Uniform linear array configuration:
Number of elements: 8
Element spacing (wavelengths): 1
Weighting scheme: hamming
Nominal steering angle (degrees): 0
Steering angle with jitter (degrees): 0.00328
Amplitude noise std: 0.05
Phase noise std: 0.05

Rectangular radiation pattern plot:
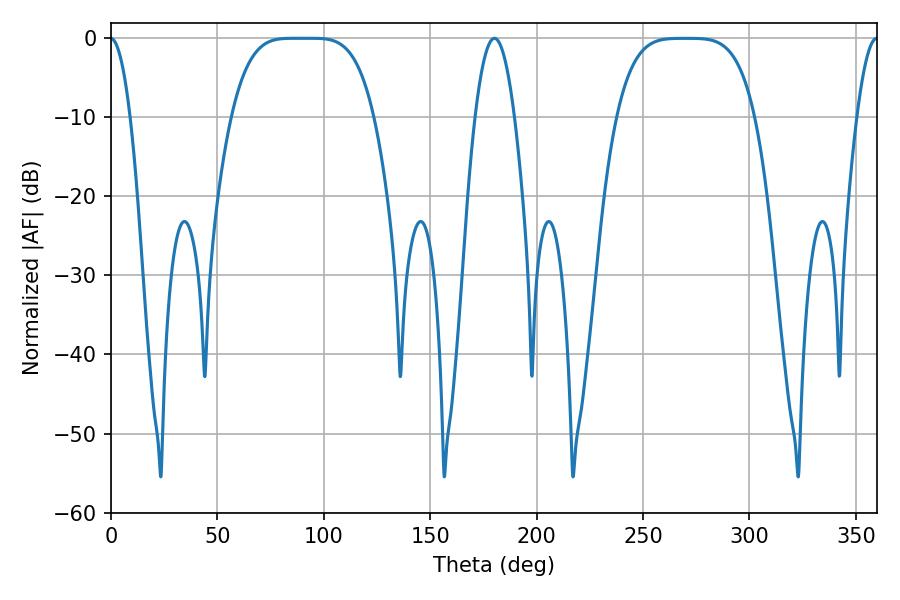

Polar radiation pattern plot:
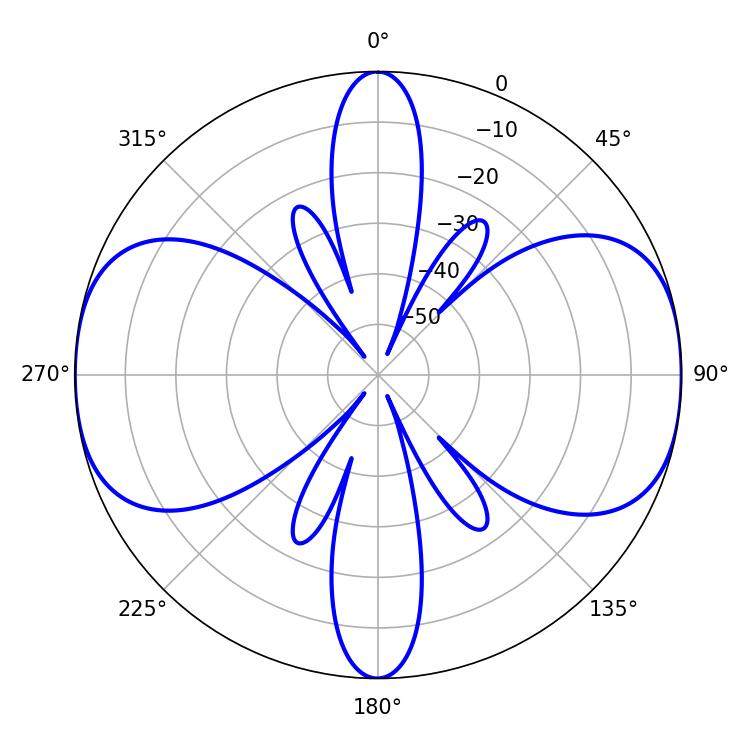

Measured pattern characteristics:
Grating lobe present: TRUE
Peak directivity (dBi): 17.629
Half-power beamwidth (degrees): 49.68
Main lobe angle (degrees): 85.5